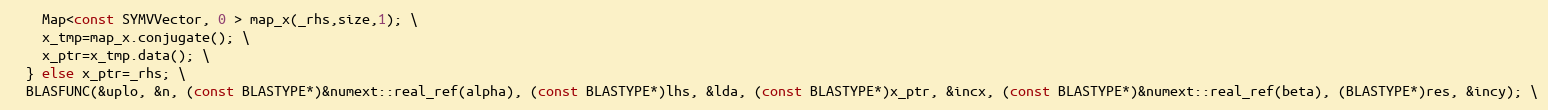
Language: C
    Map<const SYMVVector, 0 > map_x(_rhs,size,1); \
    x_tmp=map_x.conjugate(); \
    x_ptr=x_tmp.data(); \
  } else x_ptr=_rhs; \
  BLASFUNC(&uplo, &n, (const BLASTYPE*)&numext::real_ref(alpha), (const BLASTYPE*)lhs, &lda, (const BLASTYPE*)x_ptr, &incx, (const BLASTYPE*)&numext::real_ref(beta), (BLASTYPE*)res, &incy); \